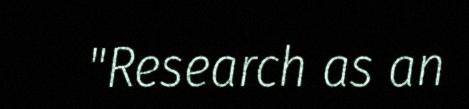
"Research as an